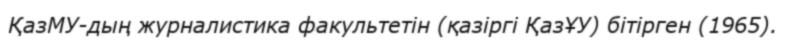
ҚазМУ-дың журналистика факультетін (қазіргі ҚазҰУ) бітірген (1965).